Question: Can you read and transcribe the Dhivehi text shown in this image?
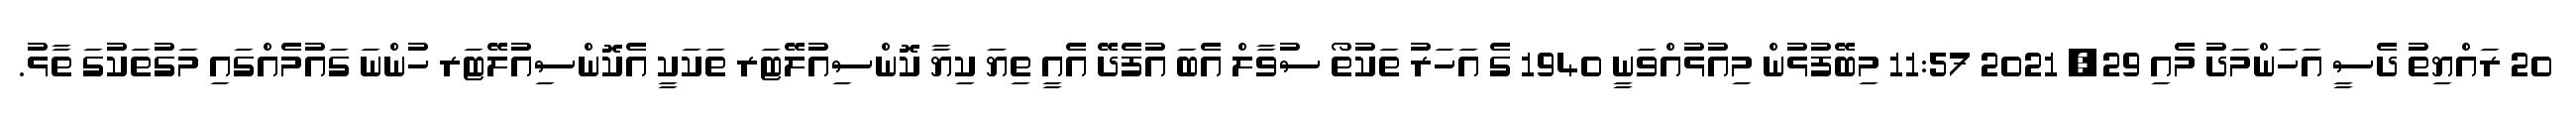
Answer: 20 ރައްޔިތު ދެސީ އަހަންމަދު މެއި 29, 2021 11:57 މިބޭފުޅުން މިއުޅުއްވަނީ 1940 ގެ އަހަރު ތަކުތޯ ސުވާލް އެބަ އުފެދޭ އެއީ ތިޔަަ ކިޔާ ކޮންސިއުލޭޓަރ ތަކަކީ އެކޮންސިއުލޭޓަރ ހުންނަ ގައުމެއްގައި މަގުތަކުގަ ތާޅު.